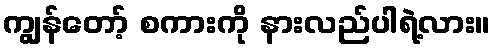
ကျွန်တော့် စကားကို နားလည်ပါရဲ့လား။